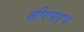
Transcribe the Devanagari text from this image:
सीएसएच